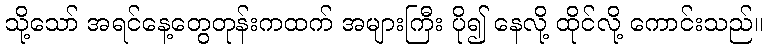
သို့သော် အရင်နေ့တွေတုန်းကထက် အများကြီး ပို၍ နေလို့ ထိုင်လို့ ကောင်းသည်။